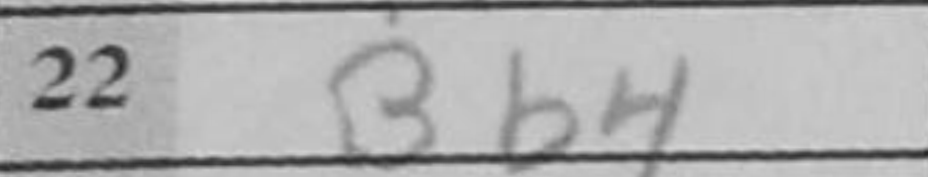
Transcription: Bb4